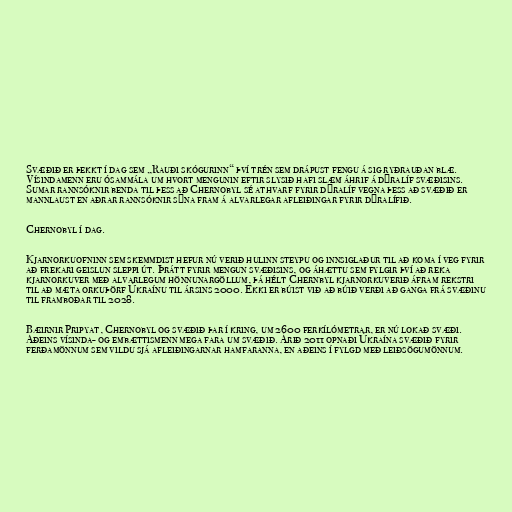
Svæðið er þekkt í dag sem „Rauði skógurinn“ því trén sem drápust fengu á sig ryðrauðan blæ.
Vísindamenn eru ósammála um hvort mengunin eftir slysið hafi slæm áhrif á dýralíf svæðisins.
Sumar rannsóknir benda til þess að Chernobyl sé athvarf fyrir dýralíf vegna þess að svæðið er
mannlaust en aðrar rannsóknir sýna fram á alvarlegar afleiðingar fyrir dýralífið.

Chernobyl í dag.

Kjarnorkuofninn sem skemmdist hefur nú verið hulinn steypu og innsiglaður til að koma í veg fyrir
að frekari geislun sleppi út. Þrátt fyrir mengun svæðisins, og áhættu sem fylgir því að reka
kjarnorkuver með alvarlegum hönnunargöllum, þá hélt Chernbyl kjarnorkuverið áfram rekstri
til að mæta orkuþörf Úkraínu til ársins 2000. Ekki er búist við að búið verði að ganga frá svæðinu
til framboðar til 2028.

Bæirnir Pripyat, Chernobyl og svæðið þar í kring, um 2600 ferkílómetrar, er nú lokað svæði.
Aðeins vísinda- og embættismenn mega fara um svæðið. Árið 2011 opnaði Úkraína svæðið fyrir
ferðamönnum sem vildu sjá afleiðingarnar hamfaranna, en aðeins í fylgd með leiðsögumönnum.